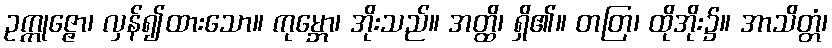
ဥက္ကုဇ္ဇော၊ လှန်၍ထားသော။ ကုမ္ဘော၊ အိုးသည်။ အတ္ထိ၊ ရှိ၏။ တတြ၊ ထိုအိုး၌။ အာသိတ္တံ၊